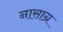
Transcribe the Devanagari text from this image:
नासाग्र